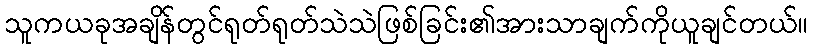
သူကယခုအချိန်တွင်ရုတ်ရုတ်သဲသဲဖြစ်ခြင်း၏အားသာချက်ကိုယူချင်တယ်။